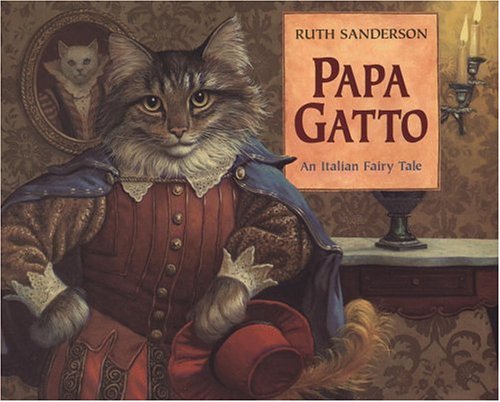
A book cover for Papa Gatto: An Italian Fairy Tale; Ruth Sanderson; Children's Books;